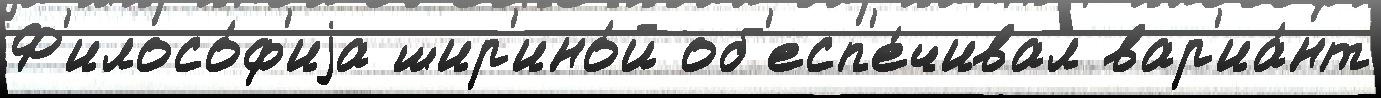
Ф'илосо́ф'иjа шир'ино́й об'есп'е́чивал вар'иа́нт